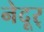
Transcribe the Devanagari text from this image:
नेदूर्